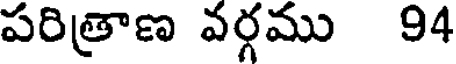
పరిత్రాణ వర్గము 94